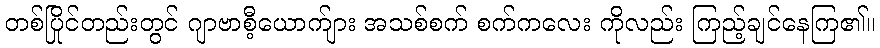
တစ်ပြိုင်တည်းတွင် ဂျာဗာစီ့ယောက်ျား အသစ်စက် စက်ကလေး ကိုလည်း ကြည့်ချင်နေကြ၏။